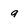
Character: a